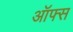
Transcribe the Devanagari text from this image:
ऑफ्स